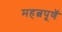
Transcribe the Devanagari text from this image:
महत्वपूणॅ